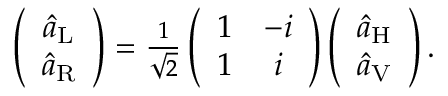
\begin{array} { r } { \left( \begin{array} { c } { \hat { a } _ { \mathrm { L } } } \\ { \hat { a } _ { \mathrm { R } } } \end{array} \right) = \frac { 1 } { \sqrt { 2 } } \left( \begin{array} { c c } { 1 } & { - i } \\ { 1 } & { i } \end{array} \right) \left( \begin{array} { c } { \hat { a } _ { \mathrm { H } } } \\ { \hat { a } _ { \mathrm { V } } } \end{array} \right) . } \end{array}